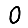
Digit: 0